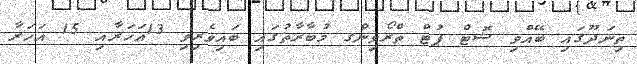
ތިނަދޫގައި ބޭއްވި ޝޮޓް ޕުޓް ތްރޯވިންގ މުބާރާތުގައި ބައިވެރިވި 13އަހަރާއި 15 އަހަރާ